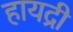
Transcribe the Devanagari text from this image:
हायद्री